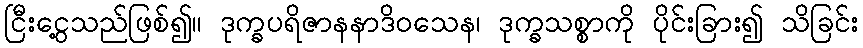
ငြီးငွေ့သည်ဖြစ်၍။ ဒုက္ခပရိဇာနနာဒိဝသေန၊ ဒုက္ခသစ္စာကို ပိုင်းခြား၍ သိခြင်း